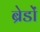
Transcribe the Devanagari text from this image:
ब्रेडों